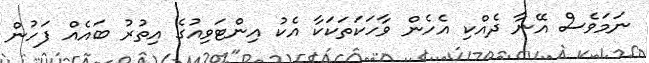
ނަމަވެސް އޭނާ ދެއްކި އެހެން ވާހަކަތަކަކާ އެކު އިންޓަވިއުގެ އިތުރު ބައެއް ފަހުން